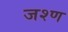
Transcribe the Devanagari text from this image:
जश्ण